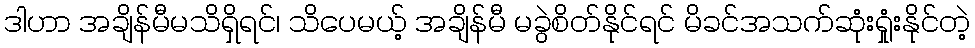
ဒါဟာ အချိန်မီမသိရှိရင်၊ သိပေမယ့် အချိန်မီ မခွဲစိတ်နိုင်ရင် မိခင်အသက်ဆုံးရှုံးနိုင်တဲ့